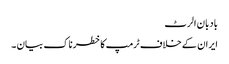
بادبان الرٹ
ایران کے خلاف ٹرمپ کا خطرناک بیان ۔